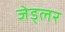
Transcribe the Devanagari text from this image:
जेड्लर